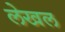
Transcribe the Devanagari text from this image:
लेखल